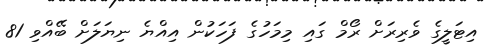
އިޓަލީގެ ވެރިރަށް ރޯމް ގައި މިމަހުގެ ފަހަކުން އިއްޔެ ނިޔަލަށް ބޭއްވި 81